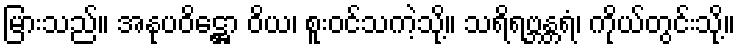
မြားသည်။ အနုပဝိဋ္ဌော ဝိယ၊ စူးဝင်သကဲ့သို့။ သရိရဗ္ဘန္တရံ၊ ကိုယ်တွင်းသို့။